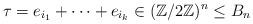
LaTeX: \begin{align*}\tau = e_{i_1} + \dots + e_{i_k} \in (\mathbb Z/ 2 \mathbb Z)^n \leq B_n\end{align*}